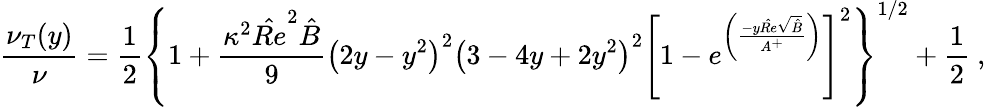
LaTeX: \frac{\nu_{T}(y)}{\nu}=\frac{1}{2}\left\{ 1+\frac{\kappa^{2}{\hat{Re}}^{2}\hat{B}}{9}\left(2y-y^{2}\right)^{2}\left(3-4y+2y^{2}\right)^{2}\left[1-e^{\left(\frac{-y\hat{Re}\sqrt{\hat{B}}}{A^{+}}\right)}\right]^{2}\right\} ^{1/2}+\frac{1}{2}\mathrm{~,~}